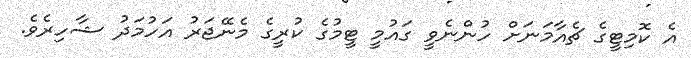
އެ ކޮމިޓީގެ ޗެއާމަނަށް ހުންނެވީ ގައުމީ ޓީމުގެ ކުރީގެ މެނޭޖަރު އަހުމަދު ޝާހިރެވެ.